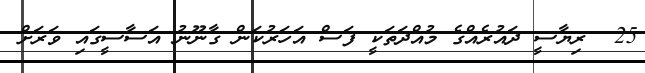
25  ރިޔާސީ ދައުރެއްގެ މުއްދަތަކީ ފަސް އަހަރުކަން ގާނޫނު އަސާސީގައި ވަރަށް